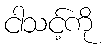
ငါသင့်ကို